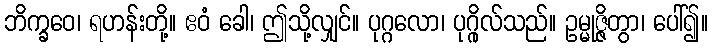
ဘိက္ခဝေ၊ ရဟန်းတို့။ ဧဝံ ခေါ၊ ဤသို့လျှင်။ ပုဂ္ဂလော၊ ပုဂ္ဂိုလ်သည်။ ဥမ္မုဇ္ဇိတွာ၊ ပေါ်၍။